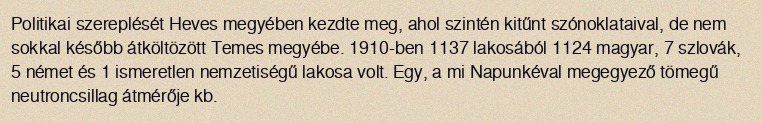
Politikai szereplését Heves megyében kezdte meg, ahol szintén kitűnt szónoklataival, de nem sokkal később átköltözött Temes megyébe. 1910-ben 1137 lakosából 1124 magyar, 7 szlovák, 5 német és 1 ismeretlen nemzetiségű lakosa volt. Egy, a mi Napunkéval megegyező tömegű neutroncsillag átmérője kb.